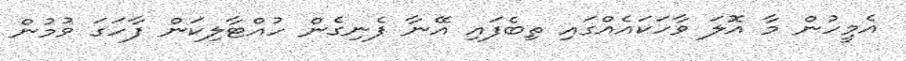
އެމީހުން މާ އޮލަ ވާހަކައެއްގައި ތިބެފައި އޭނާ ފެނިގެން ހުއްޓާލިކަން ފާހަގަ ވުމުން